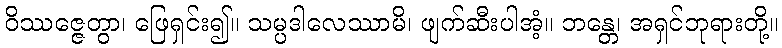
ဝိဿဇ္ဇေတွာ၊ ဖြေရှင်း၍။ သမ္ပဒါလေဿာမိ၊ ဖျက်ဆီးပါအံ့။ ဘန္တေ၊ အရှင်ဘုရားတို့။